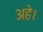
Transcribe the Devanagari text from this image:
अहे।